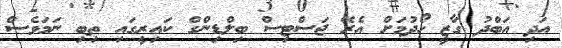
އަދި އަބްދު ގާޒީ ހޯދުމަށް އެރޭ ޖަސްޓިސް ބިލްޑިންގް ކައިރީގައި ތިބި ނަމަވެސް